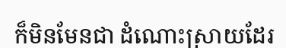
ក៏មិនមែនជា ដំណោះស្រាយដែរ